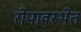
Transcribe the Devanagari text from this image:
रोपावस्थेत